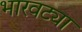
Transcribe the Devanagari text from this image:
भारवट्या